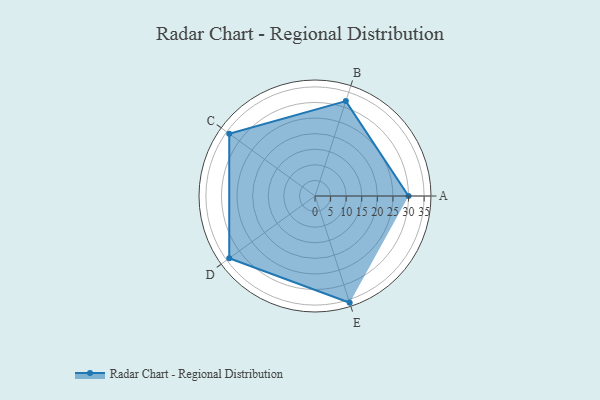
{"axis": {"x": "Skill", "y": "Score"}, "legend": ["Profile"], "data": [{"x": "A", "y": 30.0, "type": "Profile"}, {"x": "B", "y": 32.0, "type": "Profile"}, {"x": "C", "y": 34.0, "type": "Profile"}, {"x": "D", "y": 34.0, "type": "Profile"}, {"x": "E", "y": 36.0, "type": "Profile"}]}